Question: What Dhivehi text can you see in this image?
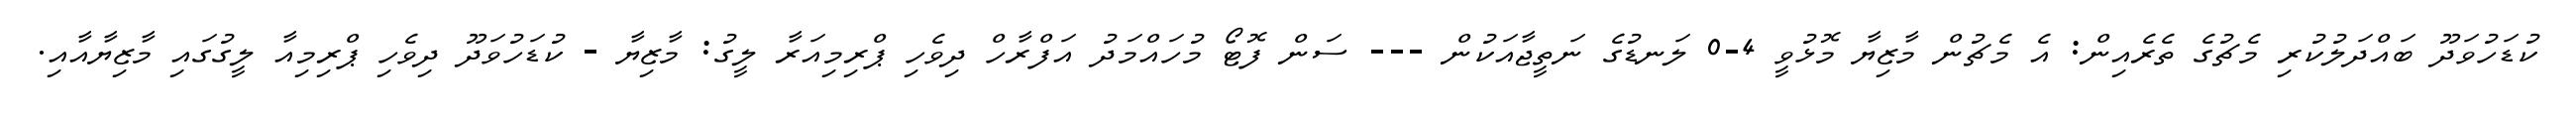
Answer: ކުޑަހުވަދޫ ބައްދަލުކުރި މެޗުގެ ތެރެއިން: އެ މެޗުން މާޒިޔާ މޮޅުވީ 4-0 ލަނޑުގެ ނަތީޖާއަކުން --- ސަން ފޮޓޯ މުހައްމަދު އަފްރާހް ދިވެހި ޕްރިމިއަރާ ލީގު: މާޒިޔާ - ކުޑަހުވަދޫ ދިވެހި ޕްރިމިއާ ލީގުގައި މާޒިޔާއާއި.